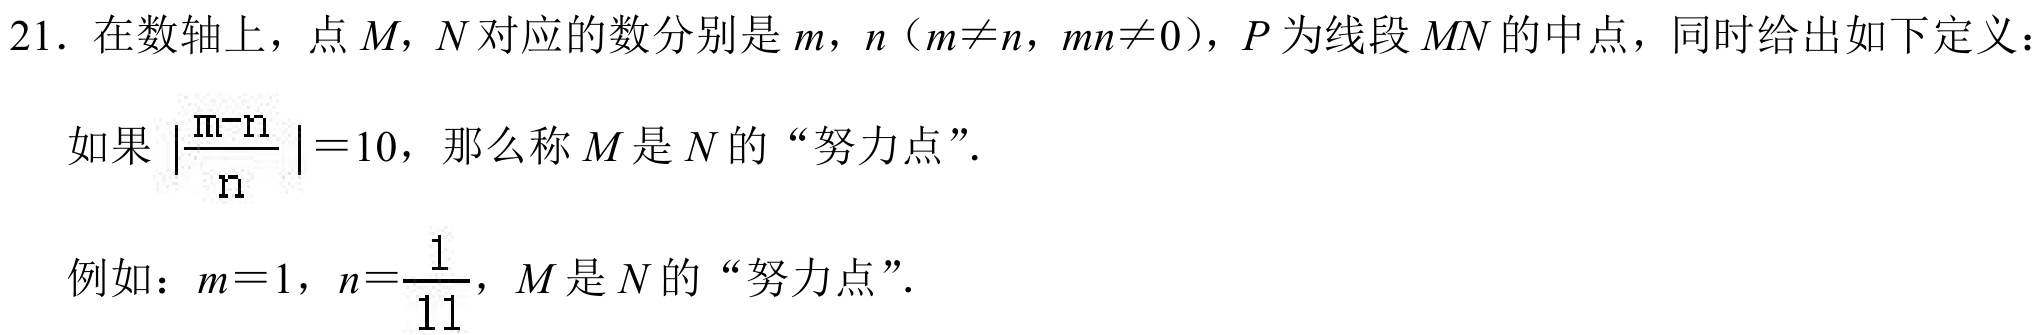
21. 在数轴上，点\(M\)，\(N\)对应的数分别是\(m\)，\(n\)（\(m\neq n\)，\(mn\neq0\)），\(P\)为线段\(MN\)的中点，同时给出如下定义：

如果\(\left|\frac{m - n}{n}\right| = 10\)，那么称\(M\)是\(N\)的“努力点”.

例如：\(m = 1\)，\(n=\frac{1}{11}\)，\(M\)是\(N\)的“努力点”.